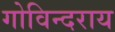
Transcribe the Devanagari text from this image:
गोविन्दराय